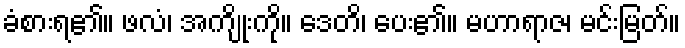
ခံစားရ၏။ ဖလံ၊ အကျိုးကို။ ဒေတိ၊ ပေး၏။ မဟာရာဇ၊ မင်းမြတ်။